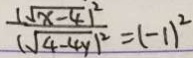
\frac { ( \sqrt { x - 4 } ) ^ { 2 } } { ( \sqrt { 4 - 4 y ) ^ { 2 } } } = ( - 1 ) ^ { 2 }